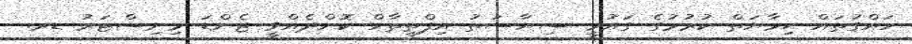
ހައްގުތައް ޙިމާޔަތް ކުރުމުގެ ގައުމީ ސިޔާސަތު އިފްތިތާހް ކޮށްދެއްވީ ޖެންޑަ މިނިސްޓަރު ޑރ.